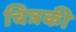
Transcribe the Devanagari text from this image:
चित्रकी